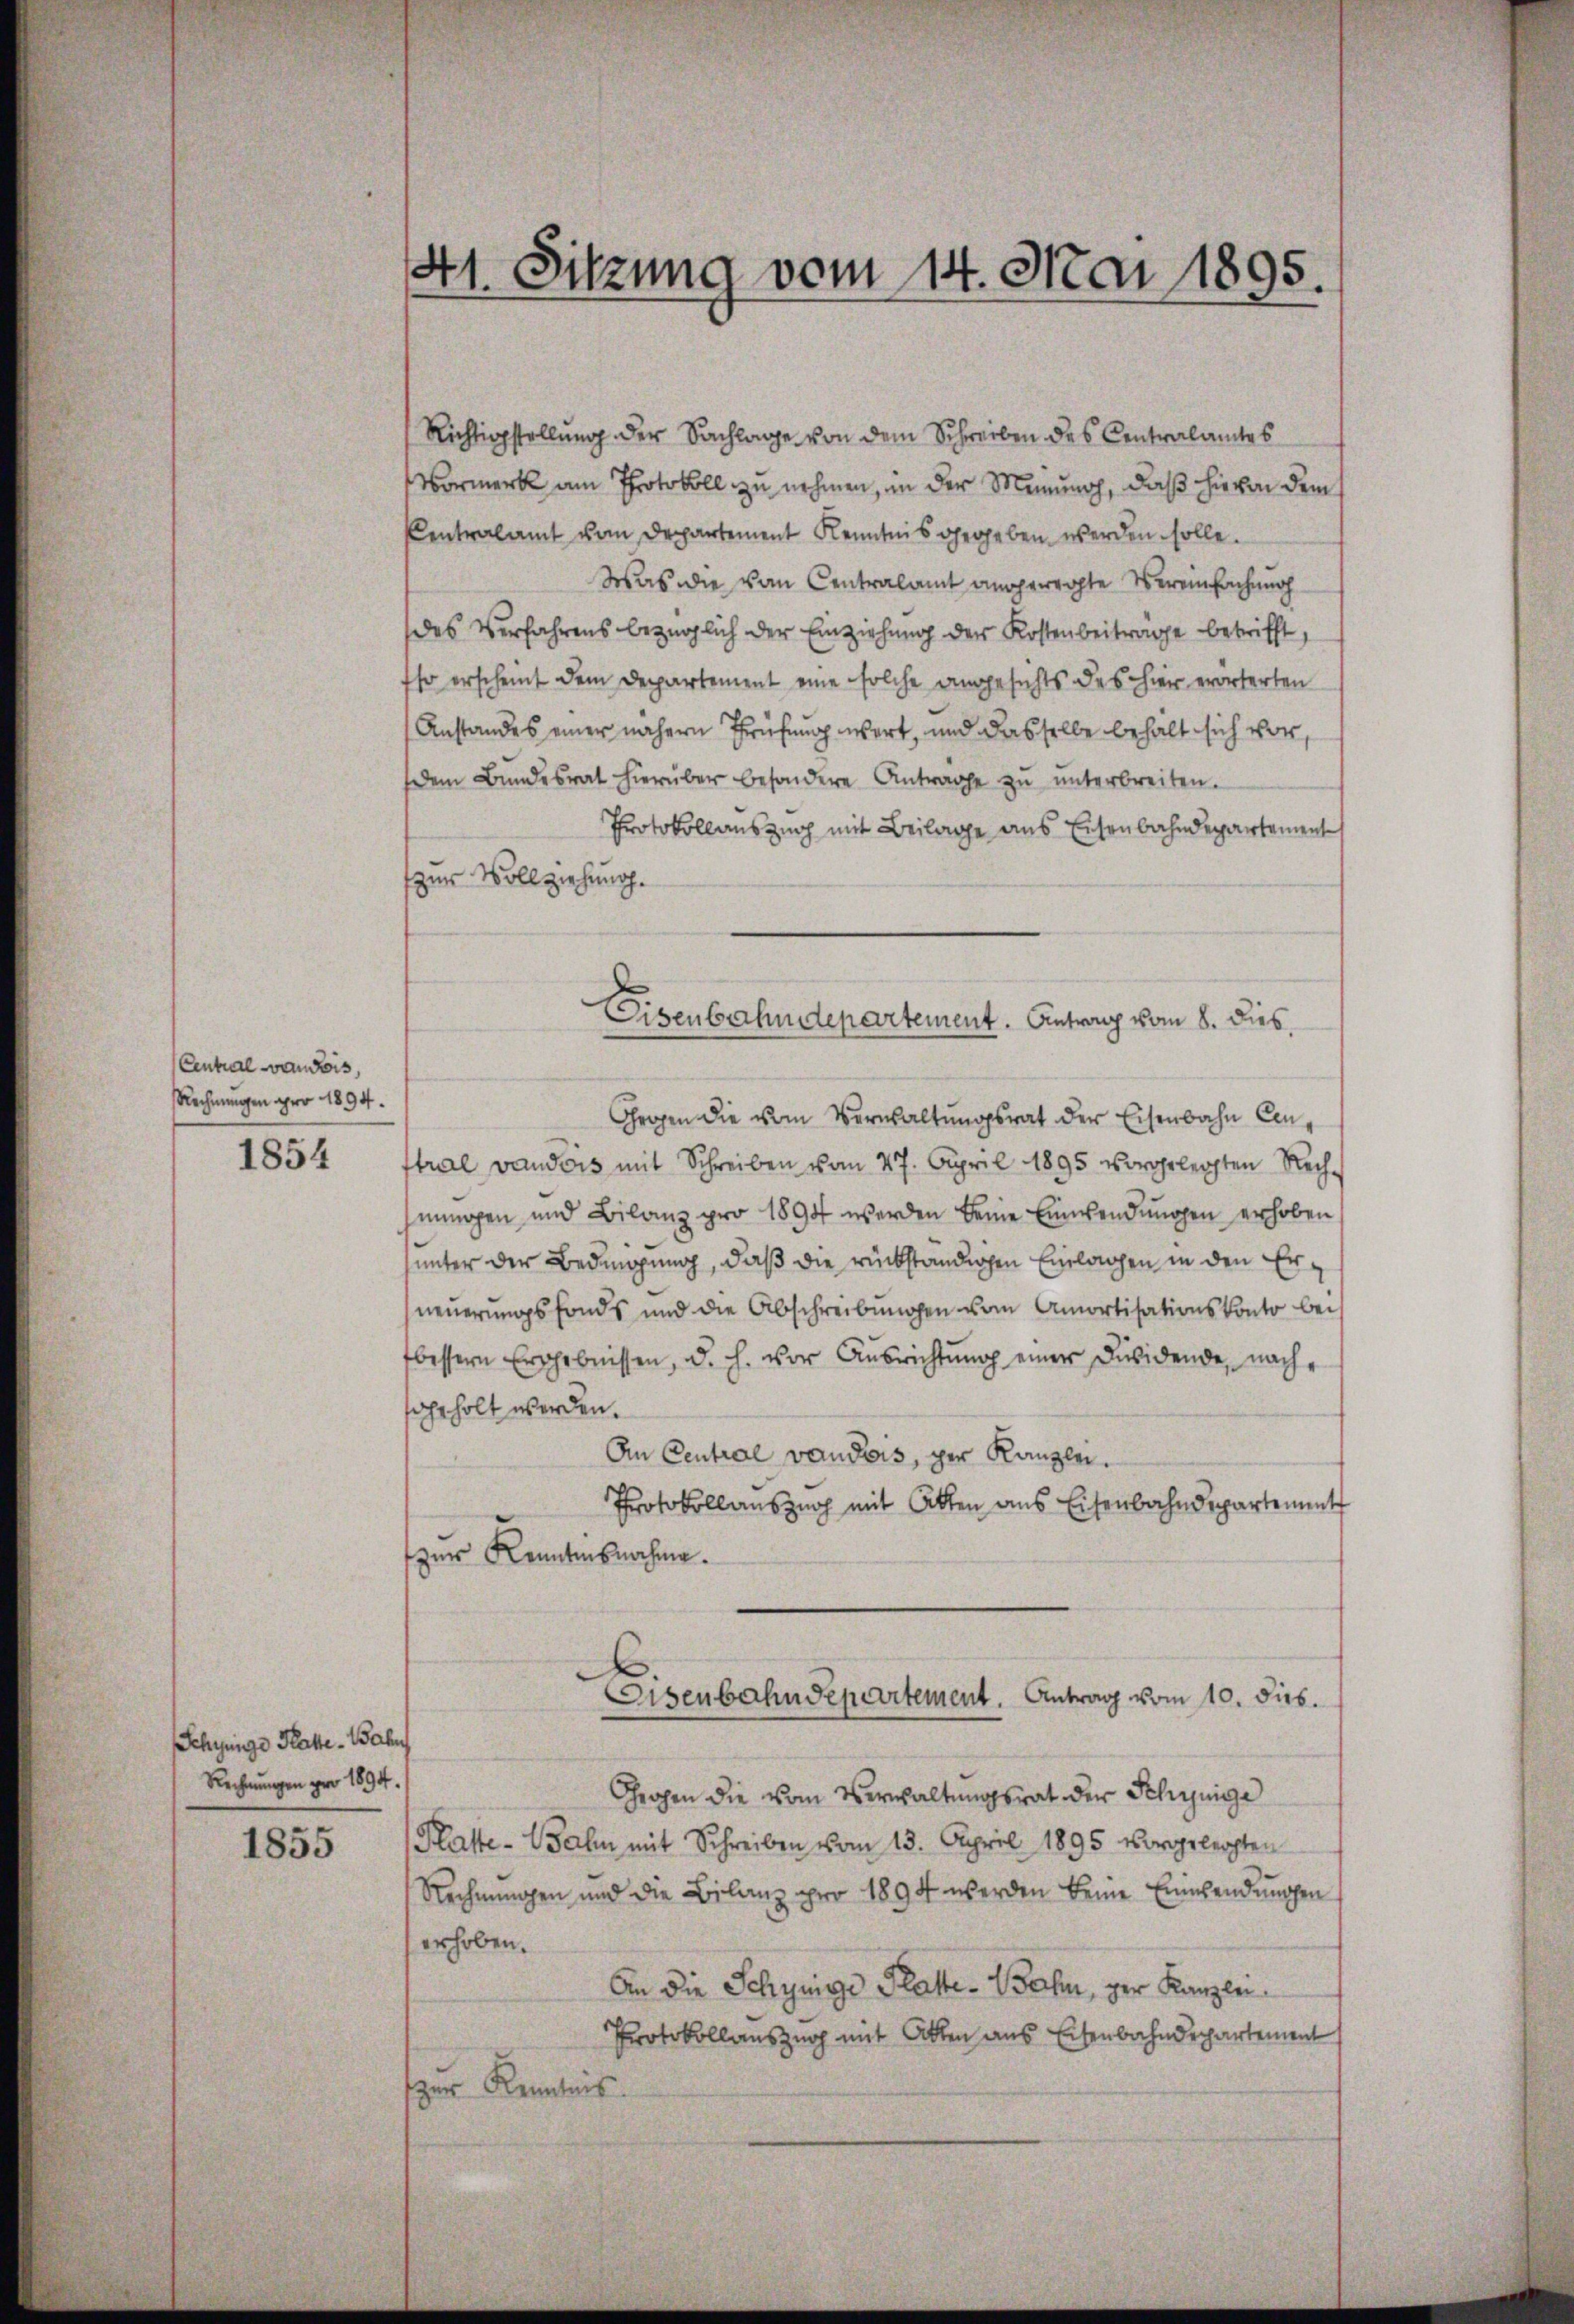
Central Candis,
Rechnungen pro 1894.

1854

Schynige Katte. Bahn
Rechnungen pro 1894.

1855

41. Sitzung vom 14. Mai 1895.

Richtigstellung der Sachlage von dem Schreiben des Centralamtes
Vormerk am Protokoll zu nehmen, in der Meinung, daß hievon dem
Centralamt vom Departement Kenntnis gegeben werden solle.
Was die vom Centralamt angeregte Vereinfachung
des Verfahrens bezüglich der Einziehung der Kostenbeitrage betrifft,
Eso erscheint dem Departement eine solche angesichts des hier erörterten
Anstandes einer nähern Prüfung wert, und dasselbe behalt sich vor,
dem Bundesrat hierüber besondere Antrage zŭ ŭnterbreiten.
Protokollauszug mit Beilage aus Eisenbahndepartement
zur Vollziehung.
Gegen die vom Verwaltungsrat der Eisenbahn Censtral vaudois mit Schreiben vom 27. April 1895 vorgelegten Rechmmagen und Bilanz pro 1894 werden keine Einwendungen erhoben
unter der Bedingung, daß die rückständigen Einlagen in den Erneuerungsfonds und die Abschreibungen vom Amortisationskonto bei
fbessern Ergebnissen, d. h. vor Aŭsrichtŭng einer Dividende, nach-
ohrholt werden.
An Central vaudois, per Kanzlei.
Protokollauszug mit Atten aus Eisenbahndepartement
zur Kenntnisnahme.
Eisenbahndepartement. Antrag vom 10. dies.
Grohen die vom Verwaltungsrat der Schynige
Platte-Bahn mit Schreiben vom 13. April 1895 vorgelegten
Rechnungen und die Bilanz pro 1894 werden keine Einwendungen
erhoben.
An die Schynige Platte-Bahn, der Kanzlei
Protokollauszug mit Atten aus Eisenbahndepartement
zur Kenntnis.

Eisenbahndepartement. Antrag vom 8. dies,